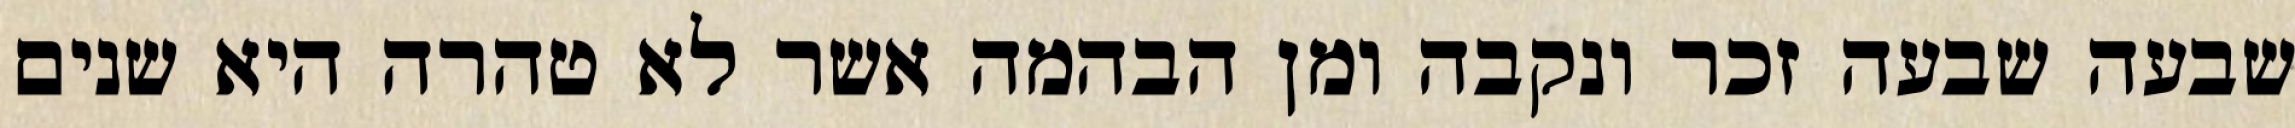
שבעה שבעה זכר ונקבה ומן הבהמה אשר לא טהרה היא שנים